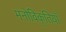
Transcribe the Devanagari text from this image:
मनोविकृतियाँ